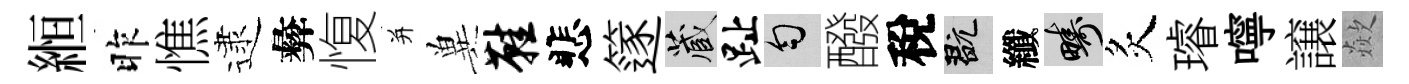
縆昨憔逮彜愎并兾鞋悲篴藏趾匀醱稅玩纖疇炙璿嚀譲歘